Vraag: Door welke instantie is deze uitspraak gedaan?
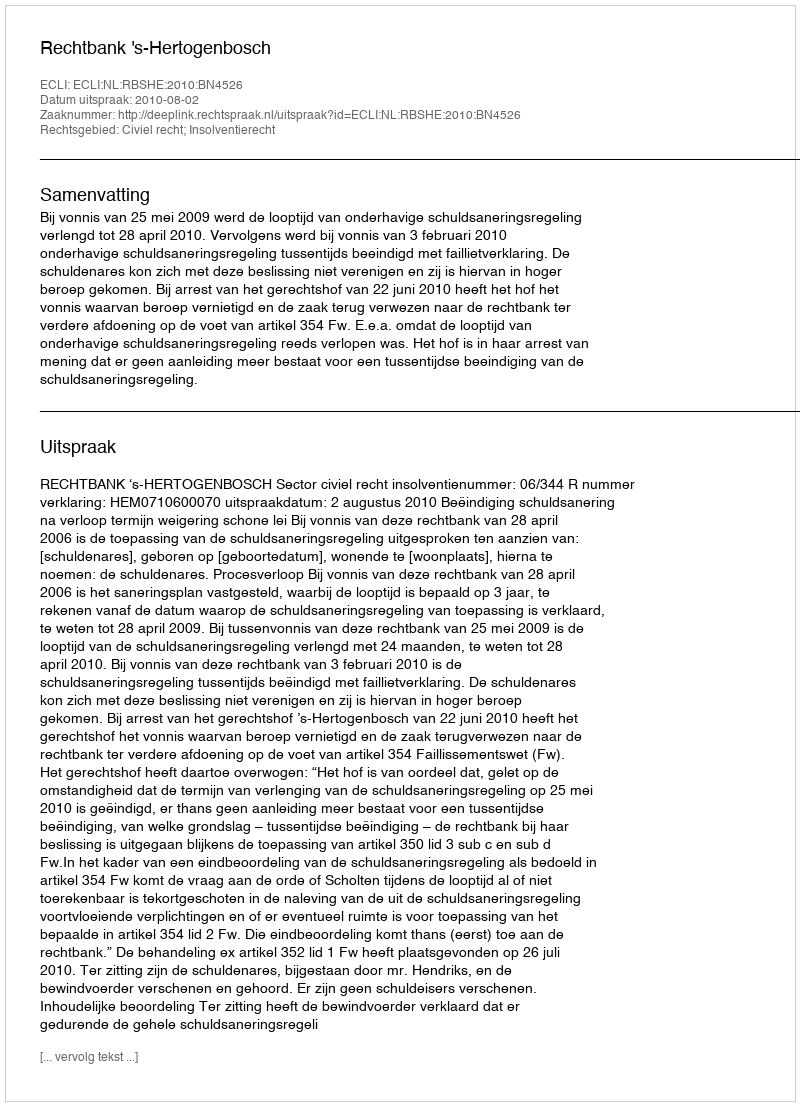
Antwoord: Rechtbank 's-Hertogenbosch